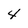
Character: 4